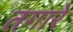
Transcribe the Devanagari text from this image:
तगारे